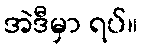
အဲဒီမှာ ရပ်။